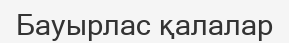
Бауырлас қалалар